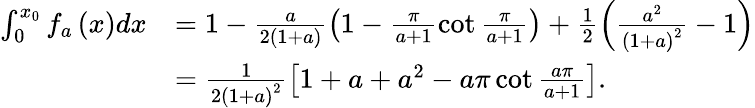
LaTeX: \begin{array}{rl}{\int_{0}^{x_{0}}f_{a}\left(x\right)dx}&{=1-\frac{a}{2\left(1+a\right)}\left(1-\frac{\pi}{a+1}\cot\frac{\pi}{a+1}\right)+\frac{1}{2}\left(\frac{a^{2}}{\left(1+a\right)^{2}}-1\right)}\\ &{=\frac{1}{2\left(1+a\right)^{2}}\left[1+a+a^{2}-a\pi\cot\frac{a\pi}{a+1}\right].}\end{array}